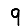
Digit: 9